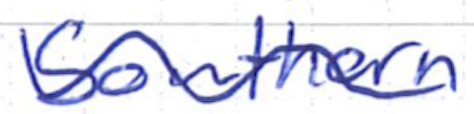
Text: Southern
Cross-out: wave
Writing tool: ballpoint